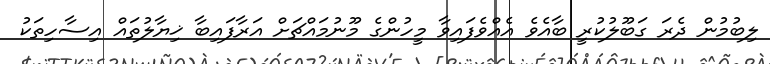
ލިބުމުން ދެރަ ގަބޫލުކުރީ ބާއެވެ އެއްވެފައިވާ މީހުންގެ މޫނުމައްޗަށް އަރާފައިބާ ޚިޔާލުތައް އިސާހިތަކު